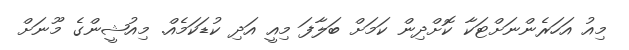
މިއު އަހަރެންނަށްޓަކާ ކޮށްދިން ކަމަށް ބަލާފަ މިއީ އަދި ކުޑަކަމެއް. މިއުޝީންގެ މޫނަށް